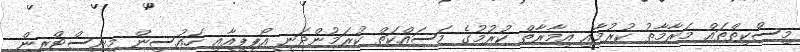
މިސްކިތްތައް މަރާމާތު ކުރުމާއި އިމާރާތް ކުރުމުގެ މަސައްކަތް ކުރަމުންދަނީ އޯޕީޕީއާއި ހައުސިން މިނިސްޓްރީން